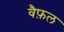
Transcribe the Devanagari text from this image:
वैफ़ल